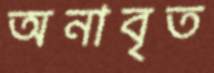
অনাবৃত